Report of the Indian Hemp Drugs Commission, 1894-1895 - Volume V
Year: 1894
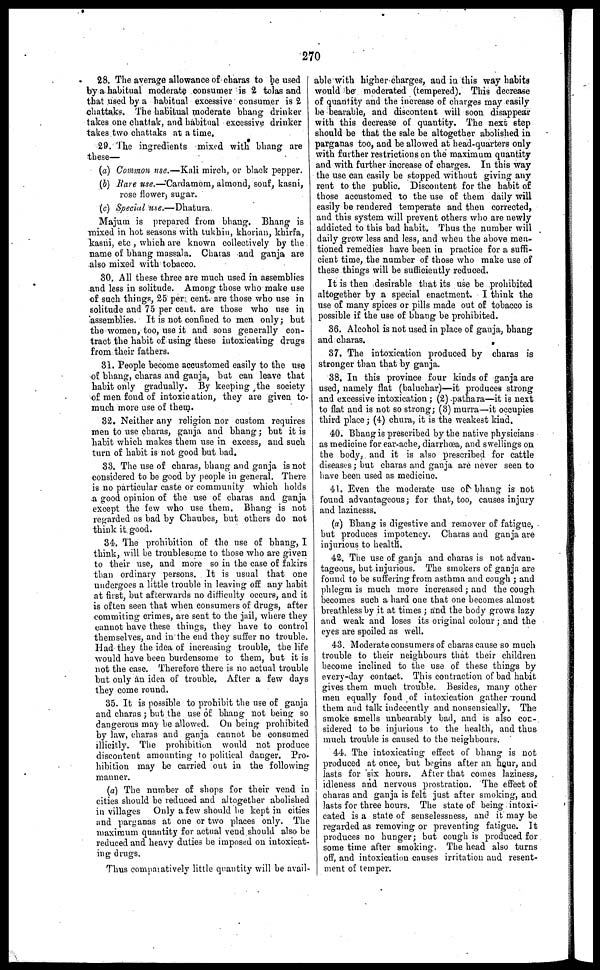
270
28. The average allowance of charas to be used
by a habitual moderate consumer is 2 tolas and
that used by a habitual excessive consumer is 2
chattaks. The habitual moderate bhang drinker
takes one chattak, and habitual excessive drinker
takes two chattaks at a time.
29. The ingredients mixed with bhang are
these—
(a) Common use.—Kali mirch, or black pepper.
(b) Bare use.—Cardamom, almond, souf, kasni,
rose flower, sugar.
(c) Special use.—Dhatura
Majum is prepared from bhang. Bhang is
mixed in hot seasons with tukhin, khorian, khirfa,
kasni, etc , which are known collectively by the
name of bhang massala. Charas and ganja are
also mixed with tobacco.
30. All these three are much used in assemblies
and le6s in solitude. Among those who make use
of such things, 25 per cent. are those who use in
solitude and 75 per cent. are those who use in
assemblies. It is not confined to men only ; but
the women, too, use it and sons generally con-
tract the habit of using these intoxicating drugs
from their fathers.
31. People become accustomed easily to the use
of bhang, charas and ganja, but can leave that
habit only gradually. By keeping the society
of men fond of intoxication, they are given to
much more use of them.
32. Neither any religion nor custom requires
men to use charas, ganja and bhang ; but it is
habit which makes them use in excess, and such
turn of habit is not good but bad.
33. The use of charas, bhang and ganja is not
considered to be good by people in general. There
is no particular caste or community which holds
a good opinion of the use of charas and ganja
except the few who use them. Bhang is not
regarded as bad by Chaubes, but others do not
think it good.
34. The prohibition of the use of bhang, I
think, will be troublesome to those who are given
to their use, and more so in the case of fakirs
than ordinary persons. It is usual that one
undergoes a little trouble in leaving off any habit
at first, but afterwards no difficulty occurs, and it
is often seen that when consumers of drugs, after
commiting crimes, are sent to the jail, where they
cannot have these things, they have to control
themselves, and in the end they suffer no trouble.
Had they the idea of increasing trouble, the life
would have been burdensome to them, but it is
not the case. Therefore there is no actual trouble
but only an idea of trouble. After a few days
they come round.
35. It is possible to prohibit the use of ganja
and charas ; but the use of bhang not being so
dangerous may be allowed. On being prohibited
by law, charas and ganja cannot be consumed
illicitly. The prohibition would not produce
discontent amounting to political danger. Pro-
hibition may be carried out in the following
manner.
(a) The number of shops for their vend in
cities should be reduced and altogether abolished
in villages Only a few should be kept in cities
and parganas at one or two places only. The
maximum quantity for actual vend should also be
reduced and heavy duties be imposed on intoxicat-
ing drugs.
Thus comparatively little quantity will be avail-
able with higher charges, and in this way habits
would be moderated (tempered). This decrease
of quantity and the increase of charges may easily
be bearable, and discontent will soon disappear
with this decrease of quantity. The next step
should be that the sale be altogether abolished in
parganas too, and be allowed at head-quarters only
with further restrictions on the maximum quantity
and with further increase of charges. In this way
the use can easily be stopped without giving any
rent to the public. Discontent for the habit of
those accustomed to the use of them daily will
easily be rendered temperate and then corrected,
and this system will prevent others who are newly
addicted to this bad habit. Thus the number will
daily grow less and less, and when the above men-
tioned remedies have been in practice for a suffi-
cient time, the number of those who make use of
these things will be sufficiently reduced.
It is then desirable that its use be prohibited
altogether by a special enactment. I think the
use of many spices or pills made out of tobacco is
possible if the use of bhang be prohibited.
36. Alcohol is not used in place of ganja, bhang
and charas.
37. The intoxication produced by charas is
stronger than that by ganja.
38. In this province four kinds of ganja are
used, namely flat (baluchar)—it produces strong
and excessive intoxication ; (2) pathara—it is next
to fiat and is not so strong ; (3) murra—it occupies
third place ; (4) chura, it is the weakest kind.
40. Bhang is prescribed by the native physicians
as medicine for ear-ache, diarrhœa, and swellings on
the body, and it is also prescribed for cattle
diseases ; but charas and ganja are never seen to
have been used as medicine.
41. Even the moderate use of bhang is not
found advantageous; for that, too, causes injury
and lazinesss.
(a) Bhang is digestive and remover of fatigue,
but produces impotency. Charas and ganja are
injurious to health.
42. The use of ganja and charas is not advan-
tageous, but injurious. The smokers of ganja are
found to be suffering from asthma and cough ; and
phlegm is much more increased ; and the cough
becomes such a hard one that one becomes almost
breathless by it at times ; and the body grows lazy
and weak and loses its original colour ; and the
eyes are spoiled as well.
43. Moderate consumers of charas cause so much
trouble to their neighbours that their children
become inclined to the use of these things by
every-day contact. This contraction of bad habit
gives them much trouble. besides, many other
men equally fond of intoxication gather round
them and talk indecently and nonsensically. The
smoke smells unbearably bad, and is also con-
sidered to be injurious to the health, and thus
much trouble is caused to the neighbours.
44. The intoxicating effect of bhang is not
produced at once, but begins after an hour, and
lasts for six hours. After that comes laziness,
idleness and nervous prostration. The effect of
charas and ganja is felt just after smoking, and
lasts for three hours. The state of being intoxi-
cated is a state of senselessness, and it may be
regarded as removing or preventing fatigue. It
produces no hunger ; but cough is produced for
some time after smoking, The head also turns
off, and intoxication causes irritation and resent-
ment of temper.